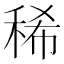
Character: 稀